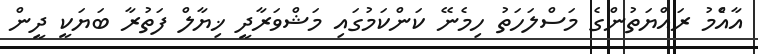
އާއެްމު ރައްޔަތުންގެ މަސްލަހަތު ހިމެނޭ ކަންކަމުގައި މަޝްވަރާދީ ޚިޔާލް ފަތުރާ ބަޔަކީ ދީން